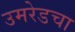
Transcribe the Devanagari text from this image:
उमरेडचा